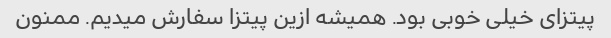
پیتزای خیلی خوبی بود. همیشه ازین پیتزا سفارش میدیم. ممنون